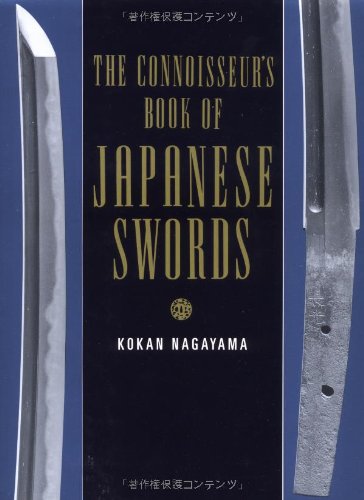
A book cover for The Connoisseurs Book of Japanese Swords; Kokan Nagayama; Crafts, Hobbies & Home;